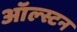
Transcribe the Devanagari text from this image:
ऑल्स्टन